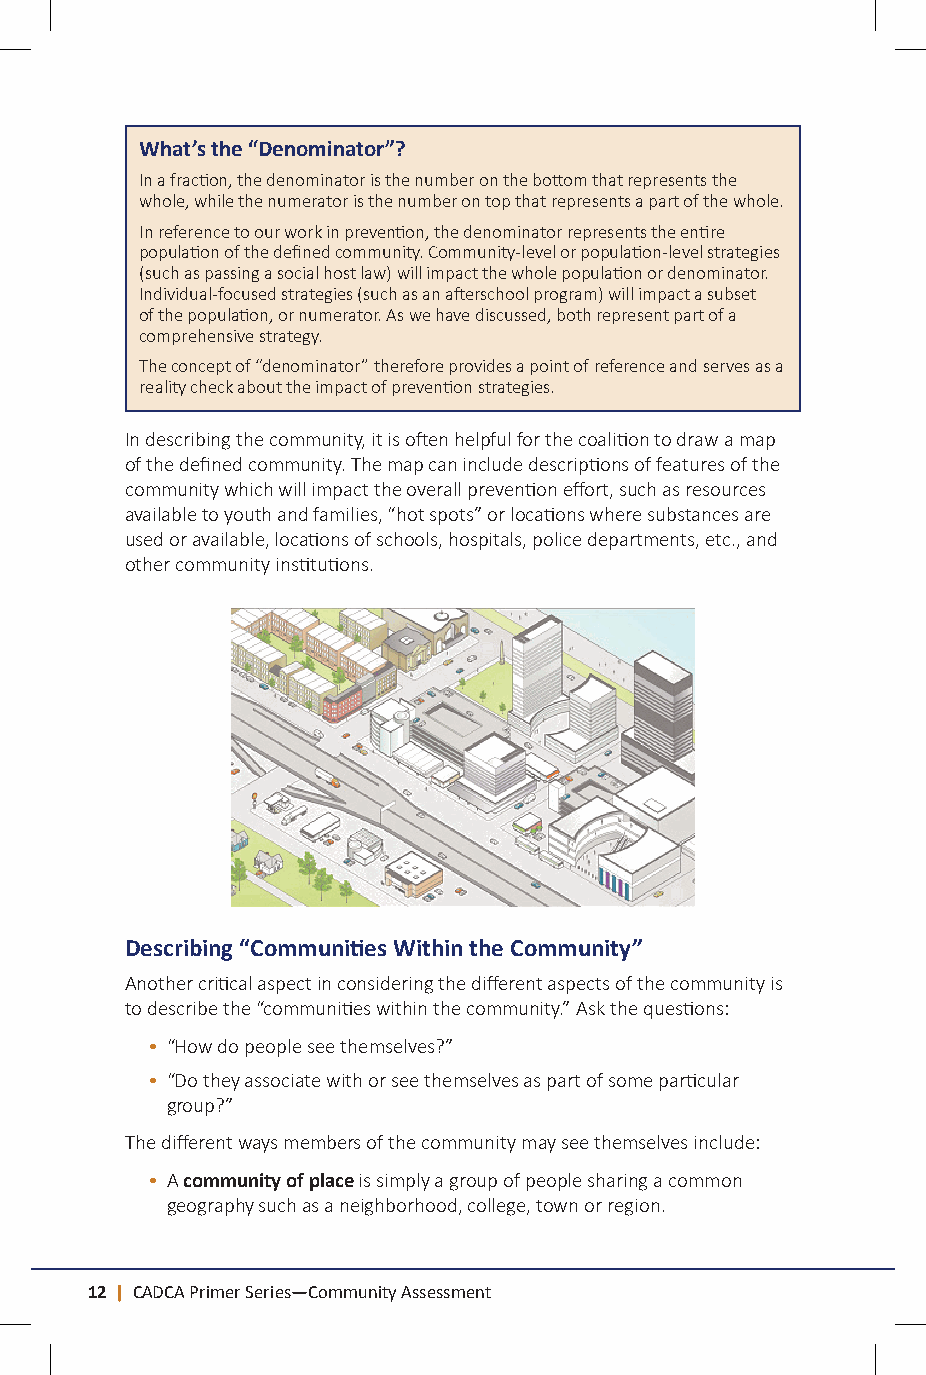
What’s the “Denominator”?
 In a fraction, the denominator is the number on the bottom that represents the
 whole, while the numerator is the number on top that represents a part of the whole.
 In reference to our work in prevention, the denominator represents the entire
 population of the defined community. Community-level or population-level strategies
 (such as passing a social host law) will impact the whole population or denominator.
 Individual-focused strategies (such as an afterschool program) will impact a subset
 of the population, or numerator. As we have discussed, both represent part of a
 comprehensive strategy.
 The concept of “denominator” therefore provides a point of reference and serves as a
 reality check about the impact of prevention strategies.
 In describing the community, it is often helpful for the coalition to draw a map
 of the defined community. The map can include descriptions of features of the
 community which will impact the overall prevention effort, such as resources
 available to youth and families, “hot spots” or locations where substances are
 used or available, locations of schools, hospitals, police departments, etc., and
 other community institutions.
 Describing “Communities Within the Community”
 Another critical aspect in considering the different aspects of the community is
 to describe the “communities within the community.” Ask the questions:
 • “How do people see themselves?”
 • “Do they associate with or see themselves as part of some particular
 group?”
 The different ways members of the community may see themselves include:
 • A community of place is simply a group of people sharing a common
 geography such as a neighborhood, college, town or region.
 12 | CADCA Primer Series—Community Assessment                                CADCA Primer Series—Community Assessment | 13